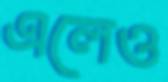
এলেও